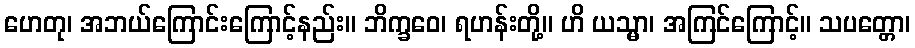
ဟေတု၊ အဘယ်ကြောင်းကြောင့်နည်း။ ဘိက္ခဝေ၊ ရဟန်းတို့။ ဟိ ယသ္မာ၊ အကြင်ကြောင့်။ သပတ္တော၊